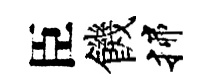
臣饑揲